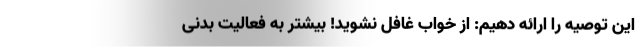
این توصیه را ارائه دهیم: از خواب غافل نشوید! بیشتر به فعالیت بدنی